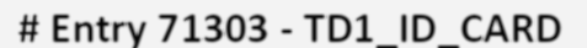
# Entry 71303 - TD1_ID_CARD